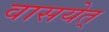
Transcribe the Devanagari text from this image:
वासयेत्